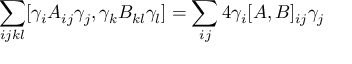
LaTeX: \sum _ { i j k l } [ \gamma _ { i } A _ { i j } \gamma _ { j } , \gamma _ { k } B _ { k l } \gamma _ { l } ] = \sum _ { i j } 4 \gamma _ { i } [ A , B ] _ { i j } \gamma _ { j }